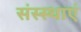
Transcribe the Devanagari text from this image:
संस्स्थाएं